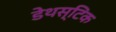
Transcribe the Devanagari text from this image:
डेथस्टिक